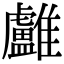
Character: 𩁨